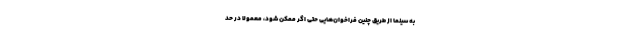
به سینما از طریق چنین فراخوان‌هایی حتی اگر ممکن شود، معمولا در حد